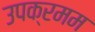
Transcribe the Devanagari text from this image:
उपक्रमम